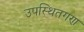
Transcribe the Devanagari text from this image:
उपस्थितगण